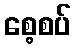
စေ့စပ်